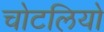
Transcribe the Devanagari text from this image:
चोटलियो